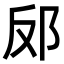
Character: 𮟬